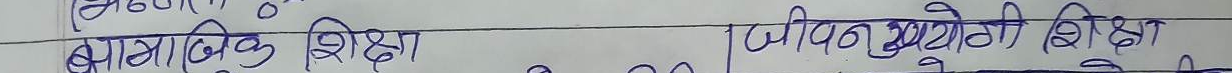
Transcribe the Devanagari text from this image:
सामाजिक शिक्षा | जीवन उपयोगी शिक्षा